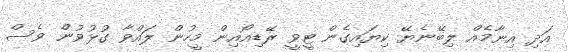
އަދި އިނާމެއް ލިބޭނެޔޭ ކިޔައިގެން ޓީވީ ރޭޑިއޯއިން މީހުން ލައްވާ ގުޅުވުން ވެސް